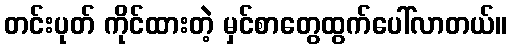
တင်းပုတ် ကိုင်ထားတဲ့ မှင်စာတွေထွက်ပေါ်လာတယ်။